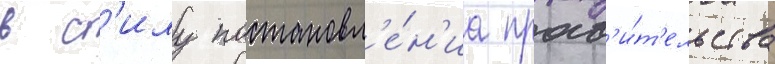
в с'илу постановл'е́н'иа прав'и́т'ельства